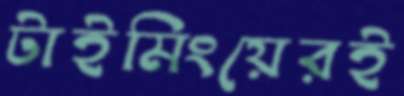
টাইমিংয়েরই